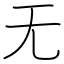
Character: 无